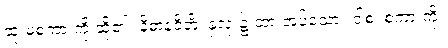
ဆုံးမစကားကို ဆို၏။ နိဓာနဝိတိံ၊ နှလုံး၌ ထားအပ်သော။ ဝါစံ၊ စကားကို။